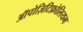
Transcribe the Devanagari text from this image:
ऑपोज़िटिफ़ोलियम